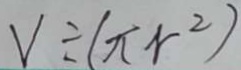
V \div ( \pi r ^ { 2 } )